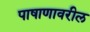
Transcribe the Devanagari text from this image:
पाषाणावरील